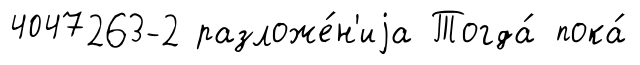
4047263-2 разложе́н'иjа Тогда́ пока́